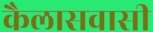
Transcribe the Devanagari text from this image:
कैलासवासी